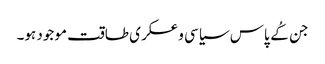
جن کُے پاس سیاسی و عسکری طاقت موجود ہو۔